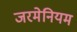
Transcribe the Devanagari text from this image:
जरमेनियम